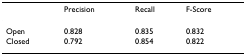
<table><thead><tr><td></td><td><b>Precision</b></td><td><b>Recall</b></td><td><b>F-Score</b></td></tr></thead><tbody><tr><td>Open</td><td>0.828</td><td>0.835</td><td>0.832</td></tr><tr><td>Closed</td><td>0.792</td><td>0.854</td><td>0.822</td></tr></tbody></table>